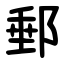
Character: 郵